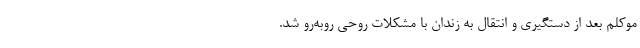
موکلم بعد از دستگیری و انتقال به زندان با مشکلات روحی رو‌به‌رو شد.